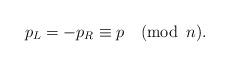
LaTeX: \begin{align*}p_L=-p_R\equiv p \quad (\mbox{mod}\,\,\, n).\end{align*}